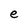
Character: e